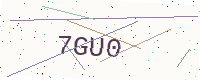
Text: 7GU0